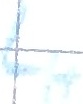
Text: LH